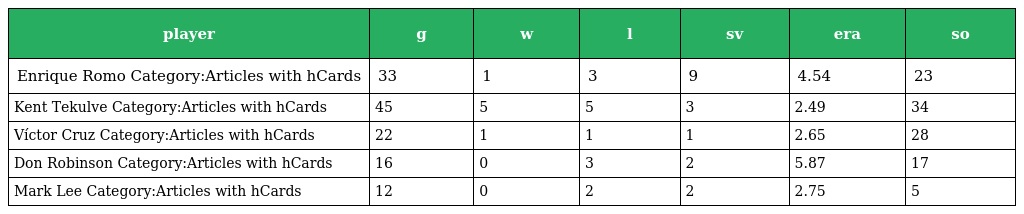
| player | g | w | l | sv | era | so |
 | --- | --- | --- | --- | --- | --- | --- |
 | Enrique Romo Category:Articles with hCards | 33 | 1 | 3 | 9 | 4.54 | 23 |
 | Kent Tekulve Category:Articles with hCards | 45 | 5 | 5 | 3 | 2.49 | 34 |
 | Víctor Cruz Category:Articles with hCards | 22 | 1 | 1 | 1 | 2.65 | 28 |
 | Don Robinson Category:Articles with hCards | 16 | 0 | 3 | 2 | 5.87 | 17 |
 | Mark Lee Category:Articles with hCards | 12 | 0 | 2 | 2 | 2.75 | 5 |